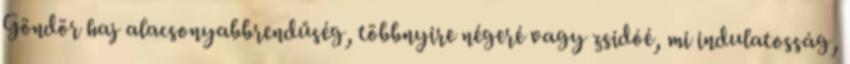
Göndör haj alacsonyabbrendűség, többnyire négeré vagy zsidóé, mi indulatosság,